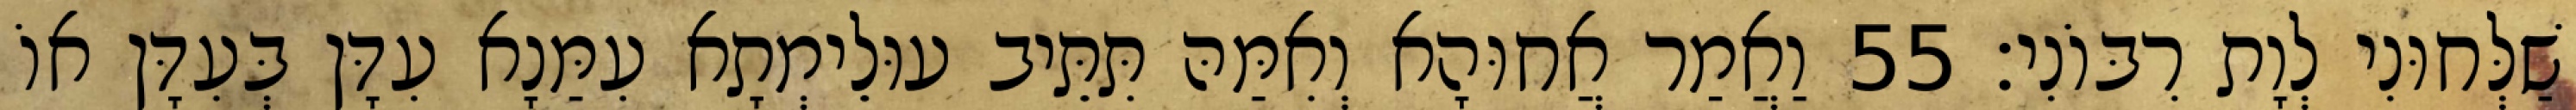
שַׁלְּחוּנִי לְוָת רִבּוֹנִי׃ 55 וַאֲמַר אֲחוּהָא וְאִמַּהּ תִּתֵּיב עוּלֵימְתָא עִמַּנָא עִדָּן בְּעִדָּן אוֹ